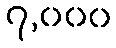
၇,၀၀၀